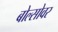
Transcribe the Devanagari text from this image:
बोल्सोवर